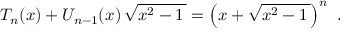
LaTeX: T _ { n } ( x ) + U _ { n - 1 } ( x ) \, { \sqrt { x ^ { 2 } - 1 \, } } = \left( x + { \sqrt { x ^ { 2 } - 1 \, } } \right) ^ { n } ~ .